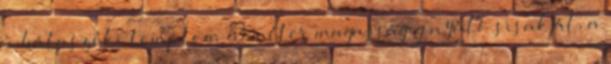
a bátaszéki templom 83 méter magasságig nyúló sisakját, a